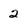
Character: 2